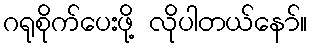
ဂရုစိုက်ပေးဖို့ လိုပါတယ်နော်။